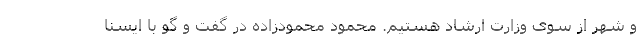
و شهر از سوی وزارت ارشاد هستیم. محمود محمودزاده در گفت و گو با ایسنا